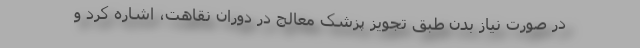
در صورت نیاز بدن طبق تجویز پزشک معالج در دوران نقاهت، اشاره کرد و